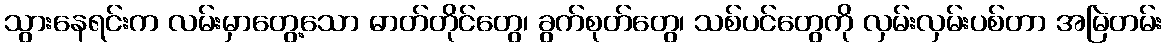
သွားနေရင်းက လမ်းမှာတွေ့သော ဓာတ်တိုင်တွေ၊ ခွက်စုတ်တွေ၊ သစ်ပင်တွေကို လှမ်းလှမ်းပစ်တာ အမြဲတမ်း